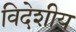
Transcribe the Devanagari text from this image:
विदेशीय